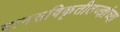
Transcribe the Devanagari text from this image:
मानसविकृतीतज्ज्ञांच्या